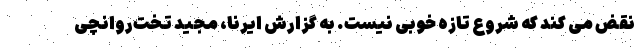
نقض می کند که شروع تازه خوبی نیست. به گزارش ایرنا، مجید تخت‌روانچی